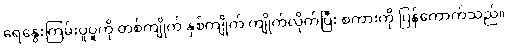
ရေနွေးကြမ်းပူပူကို တစ်ကျိုက် နှစ်ကျိုက် ကျိုက်လိုက်ပြီး စကားကို ပြန်ကောက်သည်။